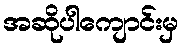
အဆိုပါကျောင်းမှ